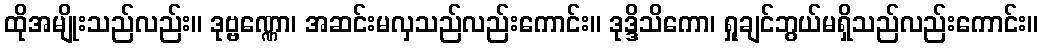
ထိုအမျိုးသည်လည်း။ ဒုဗ္ဗဏ္ဏော၊ အဆင်းမလှသည်လည်းကောင်း။ ဒုဒ္ဒိသိကော၊ ရှုချင်ဘွယ်မရှိသည်လည်းကောင်း။